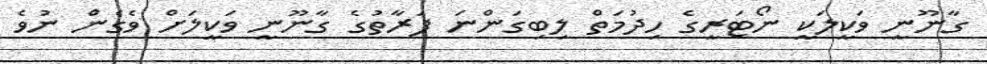
ގާނޫނީ ވަކީލަކީ ނޯޓަރީގެ ހިދުމަތް ލިބިގަންނަ ފަރާތުގެ ގާނޫނީ ވަކީލަށް ވެގެން ނުވެ